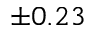
\pm 0 . 2 3